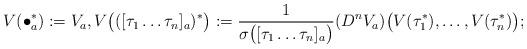
LaTeX: \begin{align*}V(\bullet_a^*) := V_a, V\big(([\tau_1\dots\tau_n]_a)^*\big) := \frac{1}{\sigma\big({[\tau_1\dots\tau_n]_a}\big)}(D^nV_a)\big(V(\tau_1^*),\dots,V(\tau_n^*)\big);\end{align*}